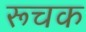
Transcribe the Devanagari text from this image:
रूचक